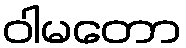
ဝါမတော